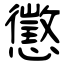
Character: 懲